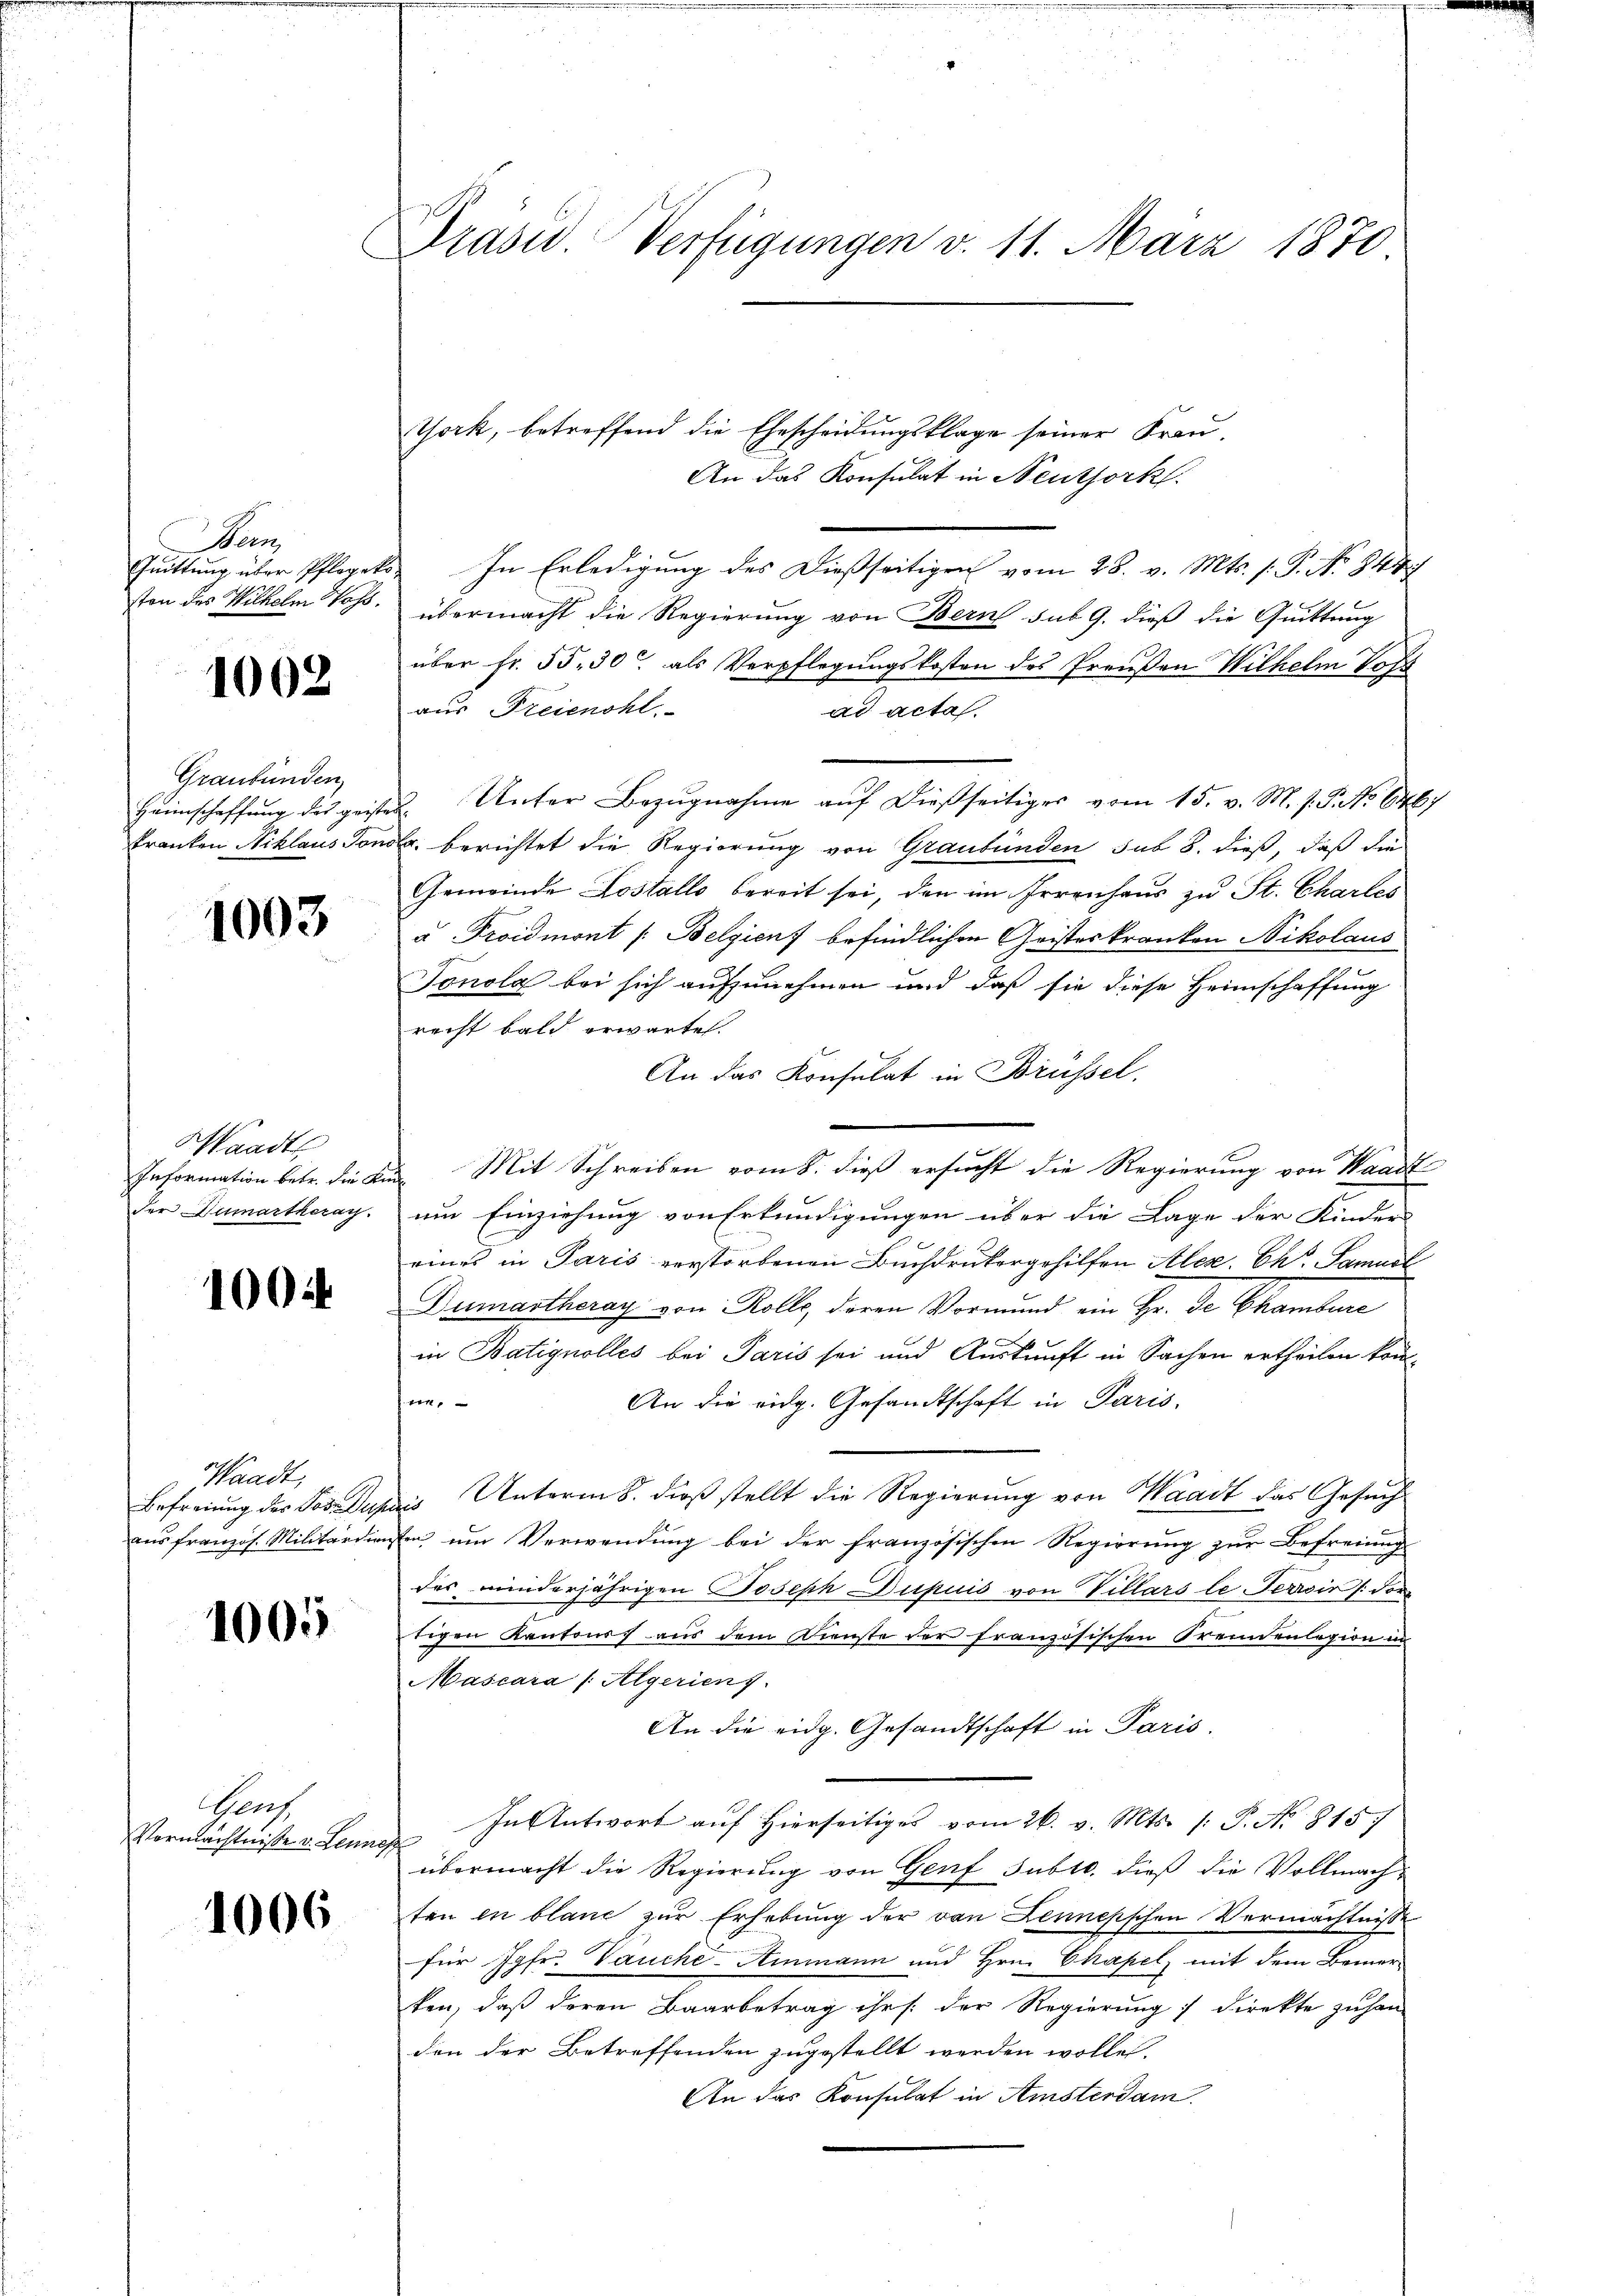
De

1002

Graubünden,

1003

Waadt

1004.

Waadt,

1005

Gens
Vermächtnisse v. Lennos

1006

Präsid. Verfügungen v. 11. März 1870

York, betreffend die Ehescheidungsklage seiner Frau¬
An das Konsulat in Neuthork
Guittung über Pflegeko In Erledigung des Dießseitigen vom 28. v. Mts. s. P. No 844
ston des Wilhelm Wohl übermacht die Regierung von Bern sub 9. dieß die Quittung
über Fr. 55. 30 als Verpflegungskosten des Preußen Wilhelm Vors
aus Freienohl
ad acta
Heimschaffung des geistes. Unter Bezugnahme auf dießseitiges vom 15. v. M. h. T. No 6467
kranken Niklaus Sonst berichtet die Regierung von Graubünden sub 8. dieß, daß die
Gemeinde Lostalls bereit sei, den im Irrenhaus zu St. Chartes
u Troidmont /: Belgien befindlichen Geisteskranken Nikolaus
Tonola bei sich aufzunehmen und daß sie diese Heimschaffung
recht bald erwartet.
An das Konsulat in Brüssel
Information betr. die Kind Mit Schreiben vom 8. dieß ersucht die Regierung von Waadt
der Dumartkeray. um Einziehung von Erkundigungen über die Lage der Kinder
eines in Paris verstorbenen Buchdrukergehilfen Alex. Ch. Samuel
Dumartheray von Rolle, deren Vormund ein Hr. De Chambure
in Batignolles bei Paris sei und Auskunft in Sachen ertheilen köneen
An die eidg. Gesandtschaft in Paris,
Befreiung des Postupuis Unterm 8. dieß stellt die Regierung von Waadt das Gesuch
aus französ. Militärdiensten um Verwendung bei der französischen Regierung zŭr Befreiung
des minderjährigen Joseph Dupuis von Villars le Terrir /: dortigen Kantonis aus dem Dienste der französischen Fremdenlegion in
Mascara /: Algerienf
An die eidg. Gesandtschaft in Paris.
In Antwort auf hierseitiges vom 26. v. Mts. /: P. No 815.
übermacht die Regierung von Genf subro, dieß die Vollmachten in blaue zur Erhebung der von Zennesschen Vermächtnisse
für Jgfr. Vauche-Ammann und Hrn. Chapel, mit dem Bemerken, daß deren Baarbetrag ihr s. der Regierŭng direkte zŭhan-
den der Betreffenden zugestellt werden wollen.
An das Konsulat in Amsterdam.